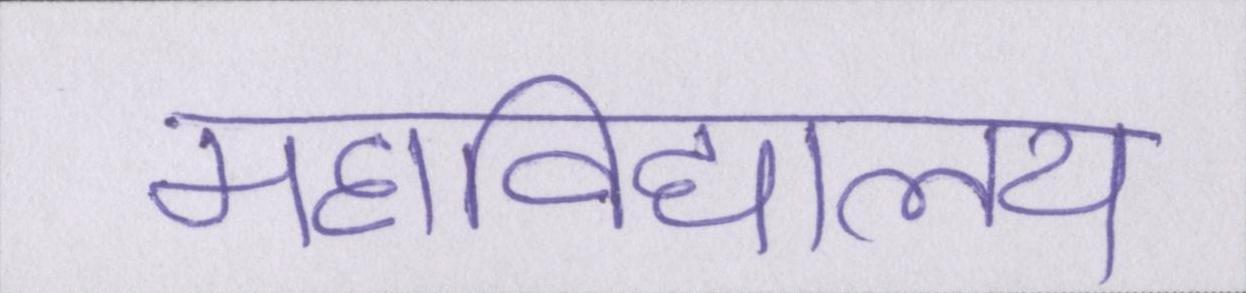
महाविद्यालय